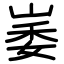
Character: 崣